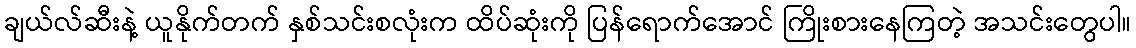
ချယ်လ်ဆီးနဲ့ ယူနိုက်တက် နှစ်သင်းစလုံးက ထိပ်ဆုံးကို ပြန်ရောက်အောင် ကြိုးစားနေကြတဲ့ အသင်းတွေပါ။